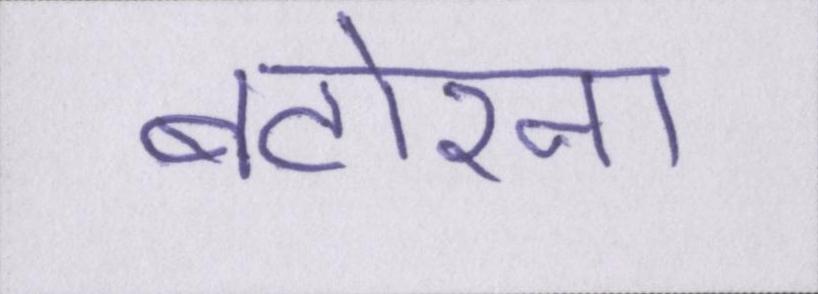
बटोरना